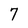
Character: 7